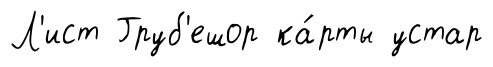
Л'ист Груб'ешор ка́рты устар